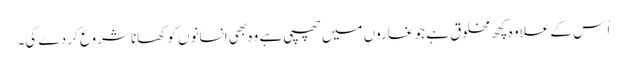
اُ س کے علاوہ کچھ مخلوق ہے جو غاروں میں چھپی ہے وہ بھی انسانوں کو کھانا شروع کر دے گی۔